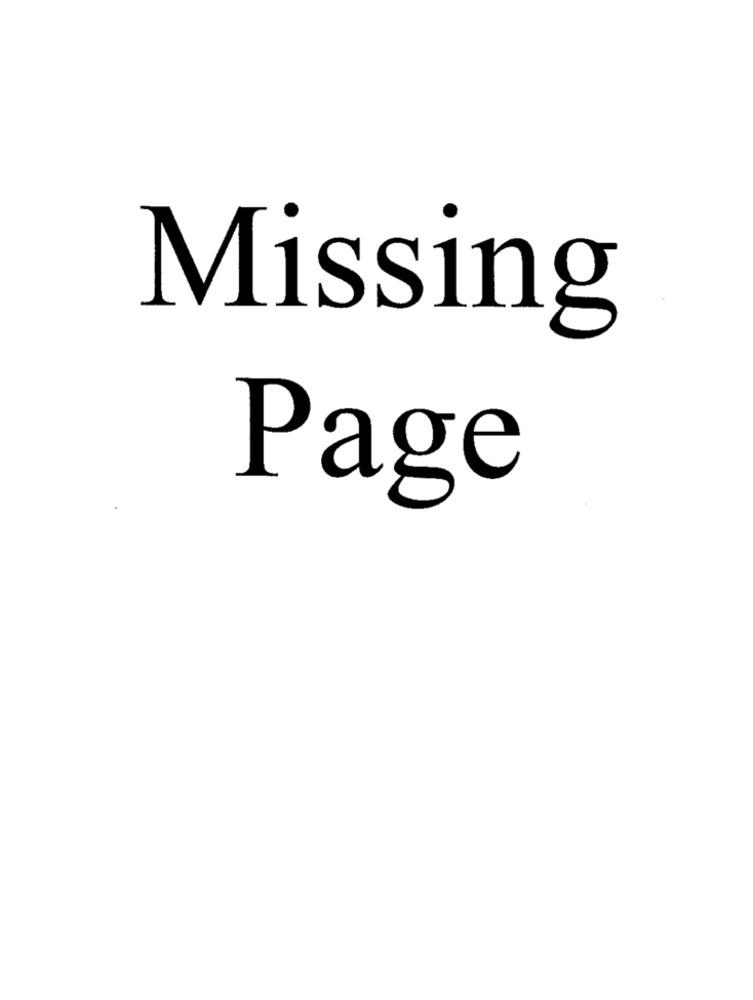
Missing
Page